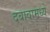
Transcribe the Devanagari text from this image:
दबावामध्ये